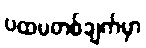
ပထမတစ်ချက်မှာ